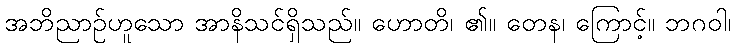
အဘိညာဉ်ဟူသော အာနိသင်ရှိသည်။ ဟောတိ၊ ၏။ တေန၊ ကြောင့်။ ဘဂဝါ၊